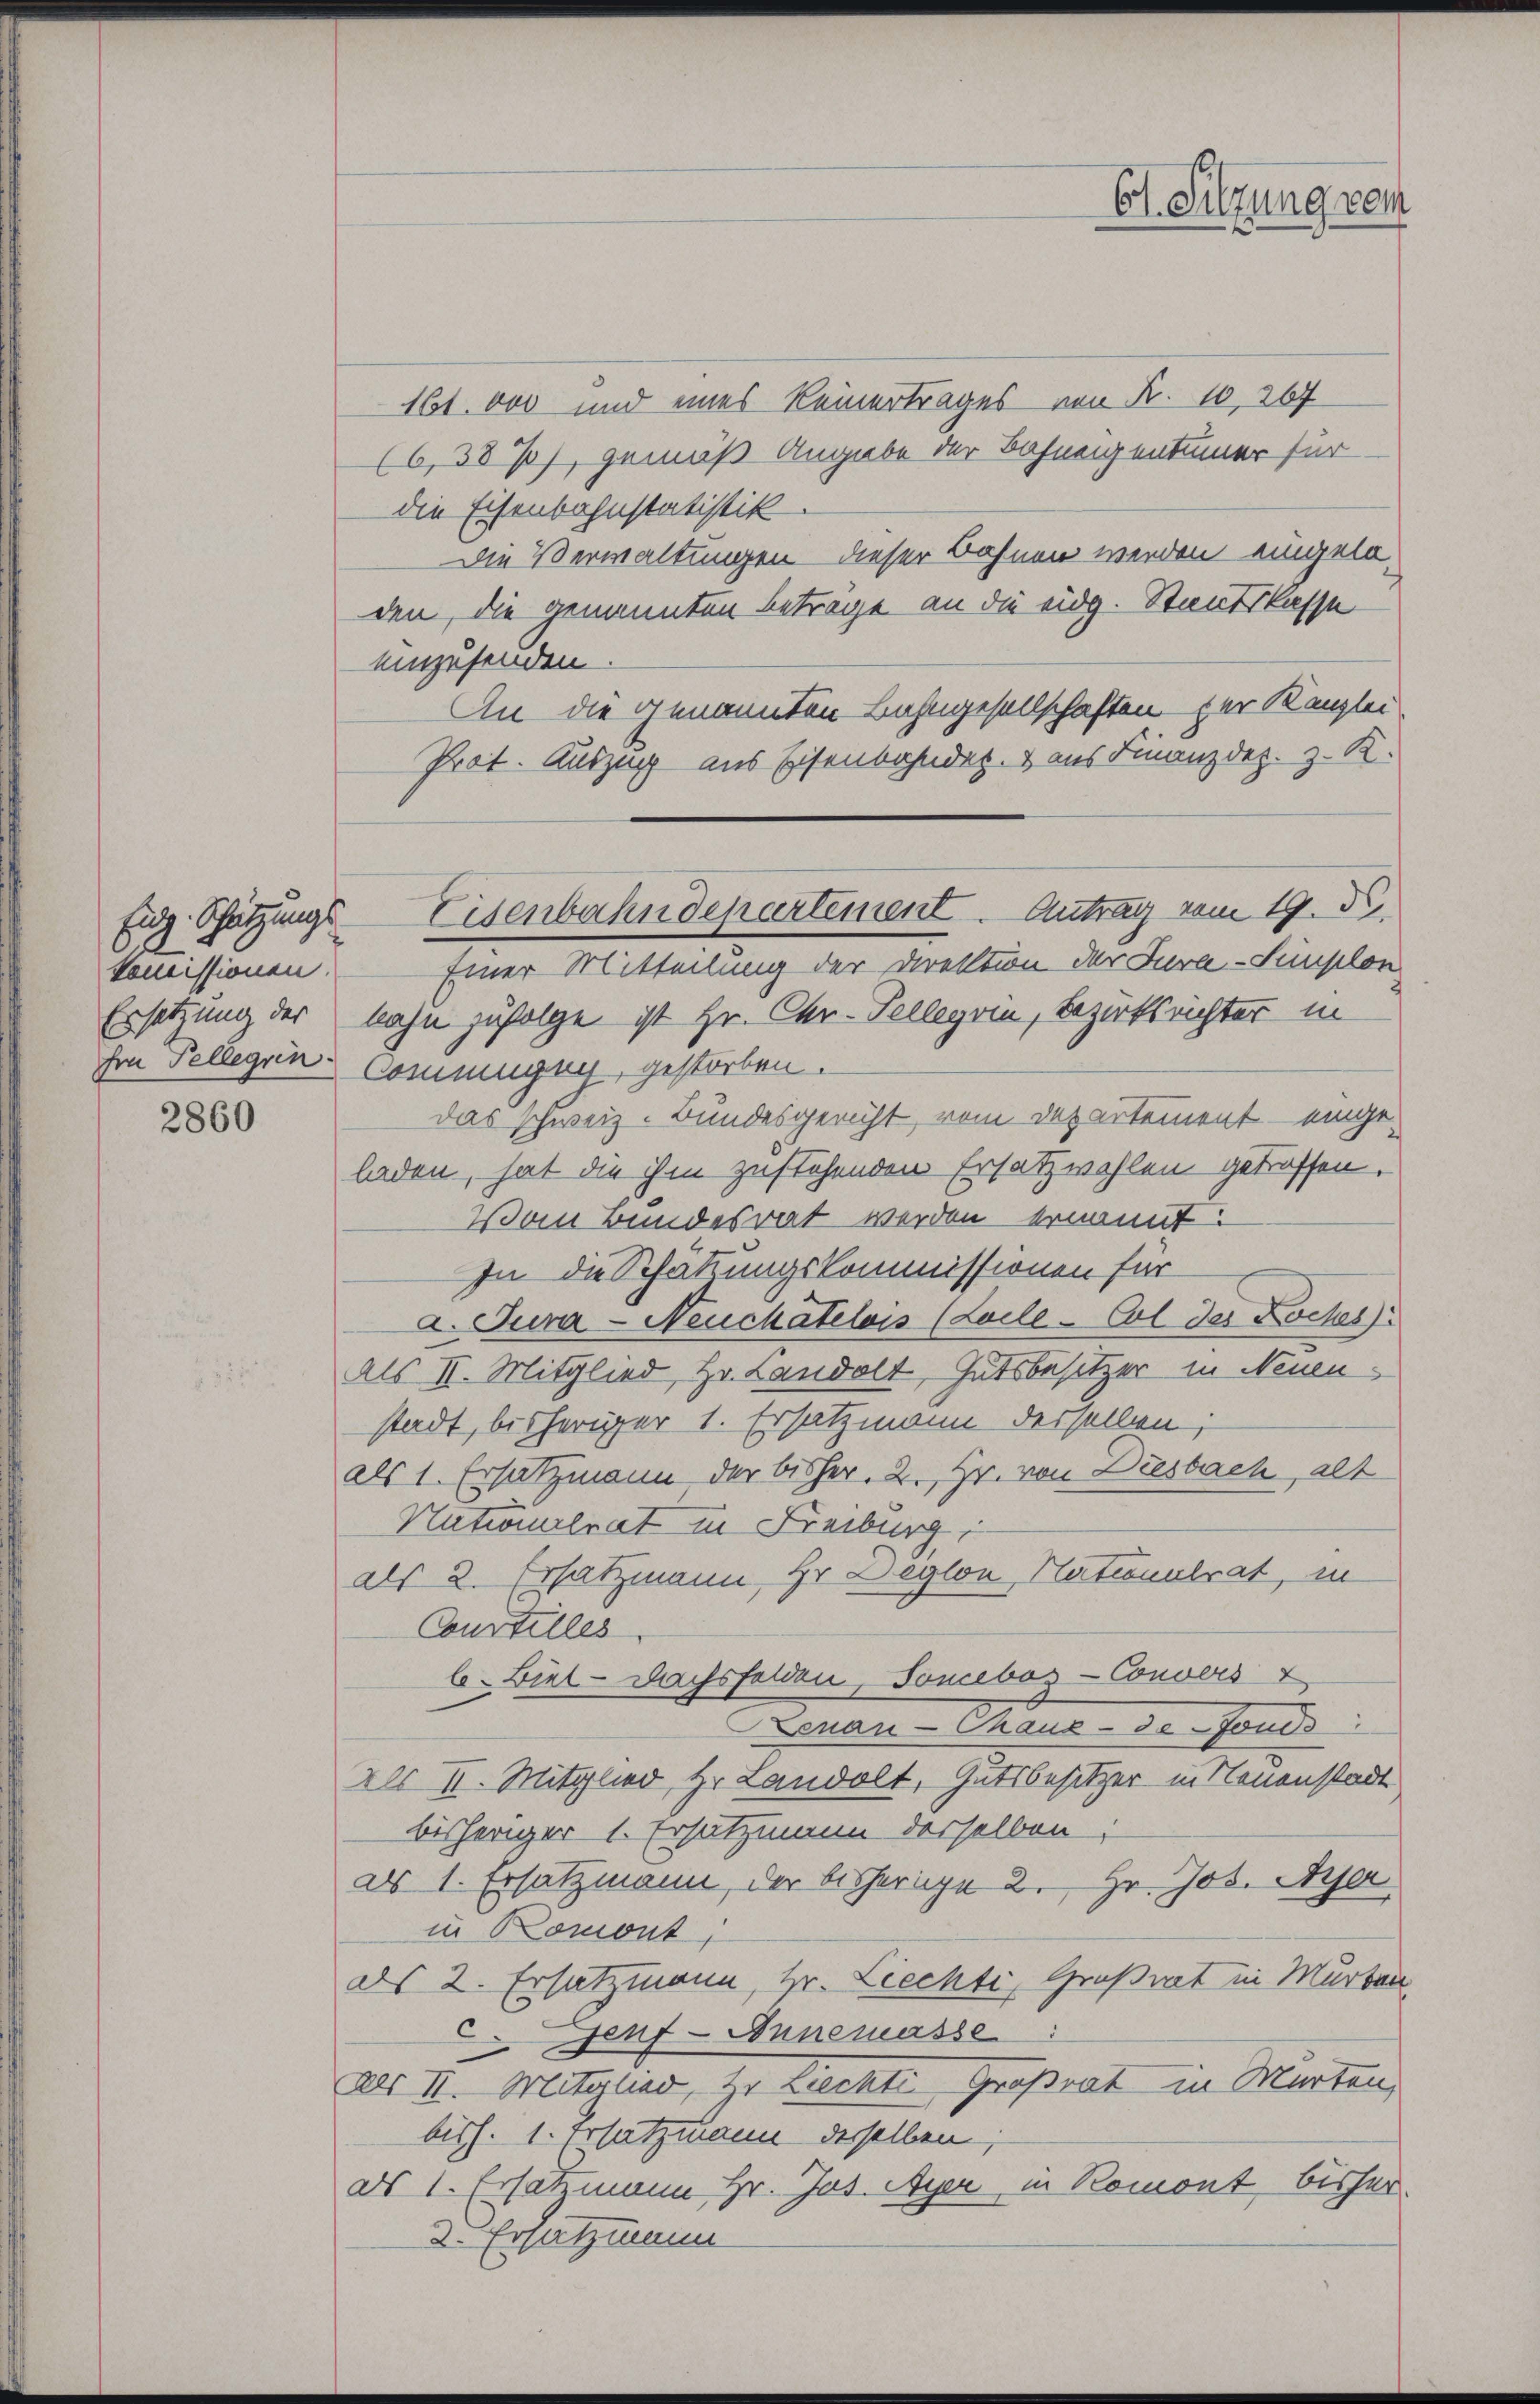
kommissionen.

2860

Eide Schätzungs-Eisenbahndepartement. Antrag vom 19. d.

Ct. Sitzung vom

161. 000 und eines Keinertrages von Fr. 10,267
(6,38), gemäß Angabe der Bahnengentümer für
die Eisenbahnstatistik
Die Verwaltungen dieser Bahnen werden eingeladen, die genannten Beträge an die eidg. Staatslasse
einzusenden.
An die genannten Bahngesellschaften der Kanzlei
Prot. Auszug aus Eisenbahndet. & aus Finanzdez. z. R.
Einer Mitteilung der Direktion der Jura-Simplon
Ersetzung der bahn zufolge ist Hr. Chr-Tellegia, Bezirksrichter in
hm Fellegiin-Commugny, gestorben.
das schweiz. Bundesgericht, vom Departement - eingeladen, hat die ihm zustehenden Ersatzwahlen getroffen.
Vom Bundesrat werden ernannt:
In die Schatzungskommissionen für
a Jura - Neuchatelois (Laile-Col des Loches
als II. Mitglied, Hr. Landolt Gutsbesitzer in Neuen
stadt, bisheriger 1. Ersatzmann derselben;
als 1. Ersatzmann der bisher. 2. Hr. von Diesbach, alt
Nationalrat in Freiburg,
als 2. Ersatzmann, Hr. Deglon, Nationalrat, in
Courtilles
6. Biel - Dachsfelden Sonebos-Convers
Lenan-Thaux-de-Fonds
Alr II. Mitglied, Hr. Landolt, Gutsbesitzer in Neuenstadt
bisheriger 1. Ersatzman derselben;
als 1. Ersatzmann, der bisherige 2. Hr. Jos. Ayer
in Romont,
ds 2. Ersatzmann, Hr. Liechte, Großrat in Murten
c.
Jenf-Annemasse
als II. Mitglied, Hr. Liechti Großrat in Marten,
bish. 1. Ersatzmann derselben,
ds 1. Ersatzmann Hr. Jos. Ayer in Romont, bisher¬
2. Ersatzmann